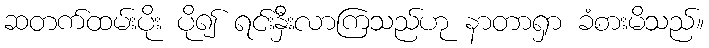
ဆတက်ထမ်းပိုး ပို၍ ရင်းနှီးလာကြသည်ဟု နာတာရှာ ခံစားမိသည်။